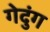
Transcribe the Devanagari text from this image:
गेदुंग